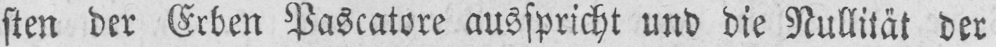
sten der Erben Pascatore ausspricht und die Nullität der